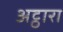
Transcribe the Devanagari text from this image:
अट्ठारा